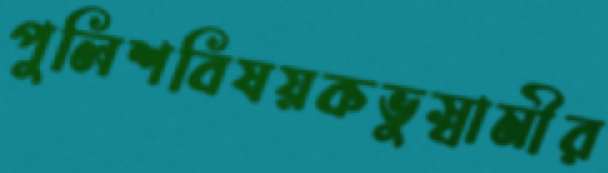
পুলিশবিষয়কভুস্বামীর